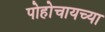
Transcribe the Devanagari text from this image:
पोहोचायच्या